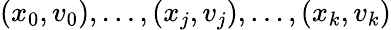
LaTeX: (x_{0},v_{0}),\ldots,(x_{j},v_{j}),\ldots,(x_{k},v_{k})